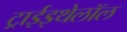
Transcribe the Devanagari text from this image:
ट्राईइथेलॉल